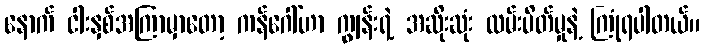
နောက် ငါးနှစ်အကြာမှာတော့ ကန်ဂေါ်ဟာ ကျွန်းရဲ့ အဆိုးဆုံး လမ်းပိတ်မှုနဲ့ ကြုံရပါတယ်။